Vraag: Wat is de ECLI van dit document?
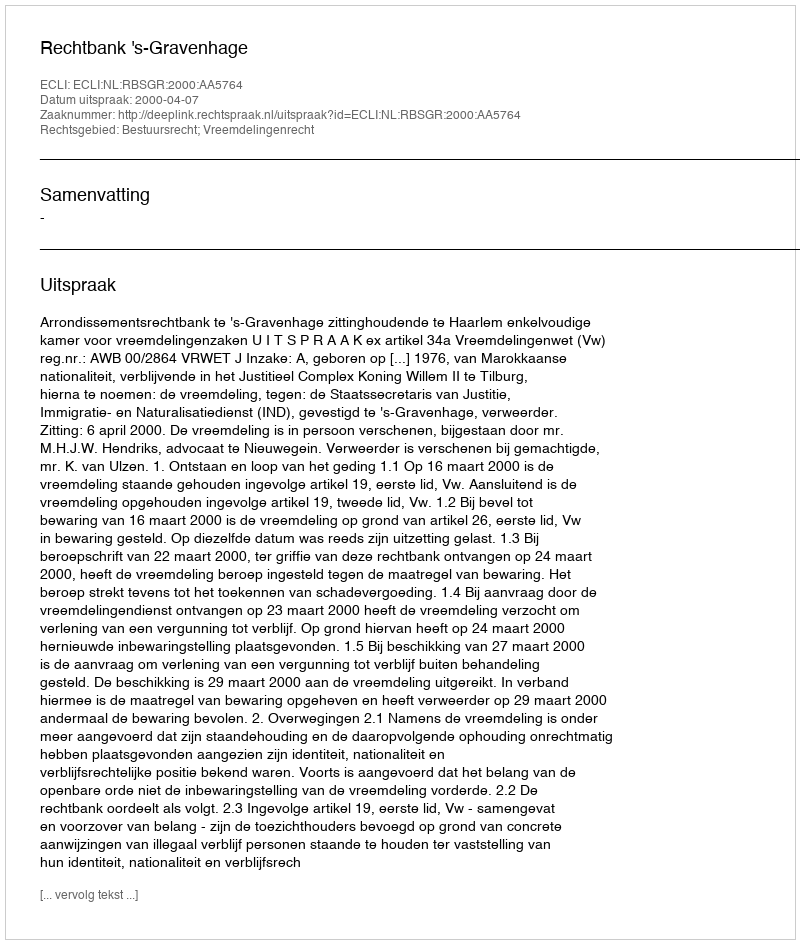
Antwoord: ECLI:NL:RBSGR:2000:AA5764